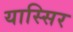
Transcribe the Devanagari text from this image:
यास्सिर